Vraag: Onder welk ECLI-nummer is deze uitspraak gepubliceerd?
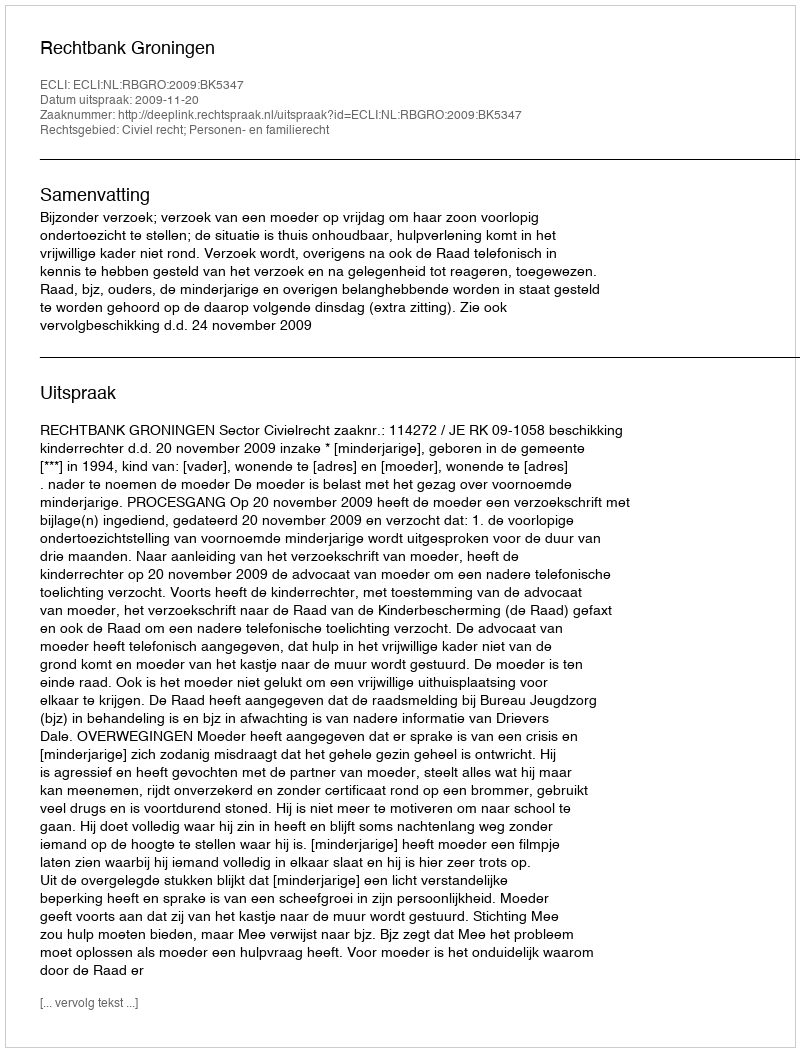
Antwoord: ECLI:NL:RBGRO:2009:BK5347